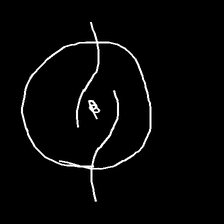
Glyph: repetition